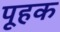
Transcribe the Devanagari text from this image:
पूहक